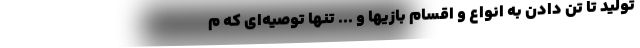
تولید تا تن دادن به انواع و اقسام بازیها و ... تنها توصیه‌ای که م